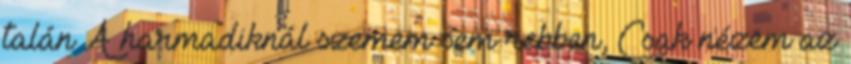
talán A harmadiknál szemem sem rebben, Csak nézem az